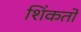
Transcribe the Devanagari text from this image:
शिंकतो